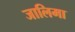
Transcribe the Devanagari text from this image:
जालिमा